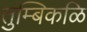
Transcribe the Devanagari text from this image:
तुम्बिकळि